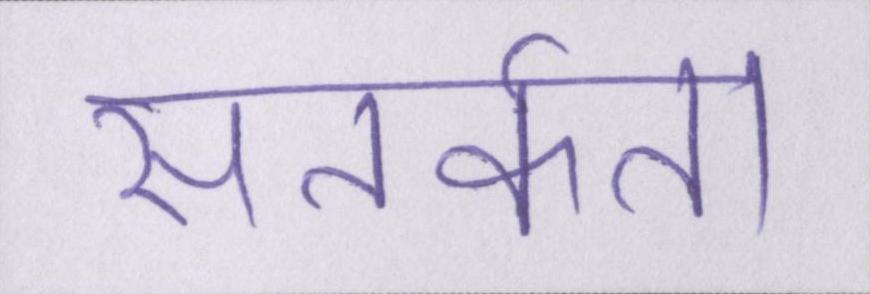
सतर्कता